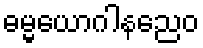
ဓမ္မယောဂါနညေဝ